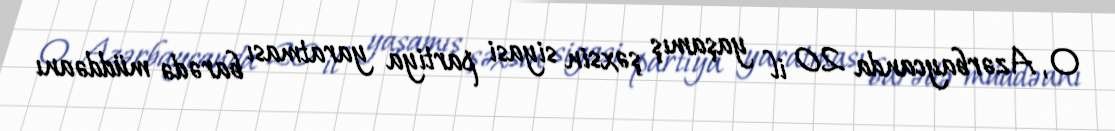
O, Azərbaycanda 20 il yaşamış şəxsin siyasi partiya yaratması barədə müddəanı